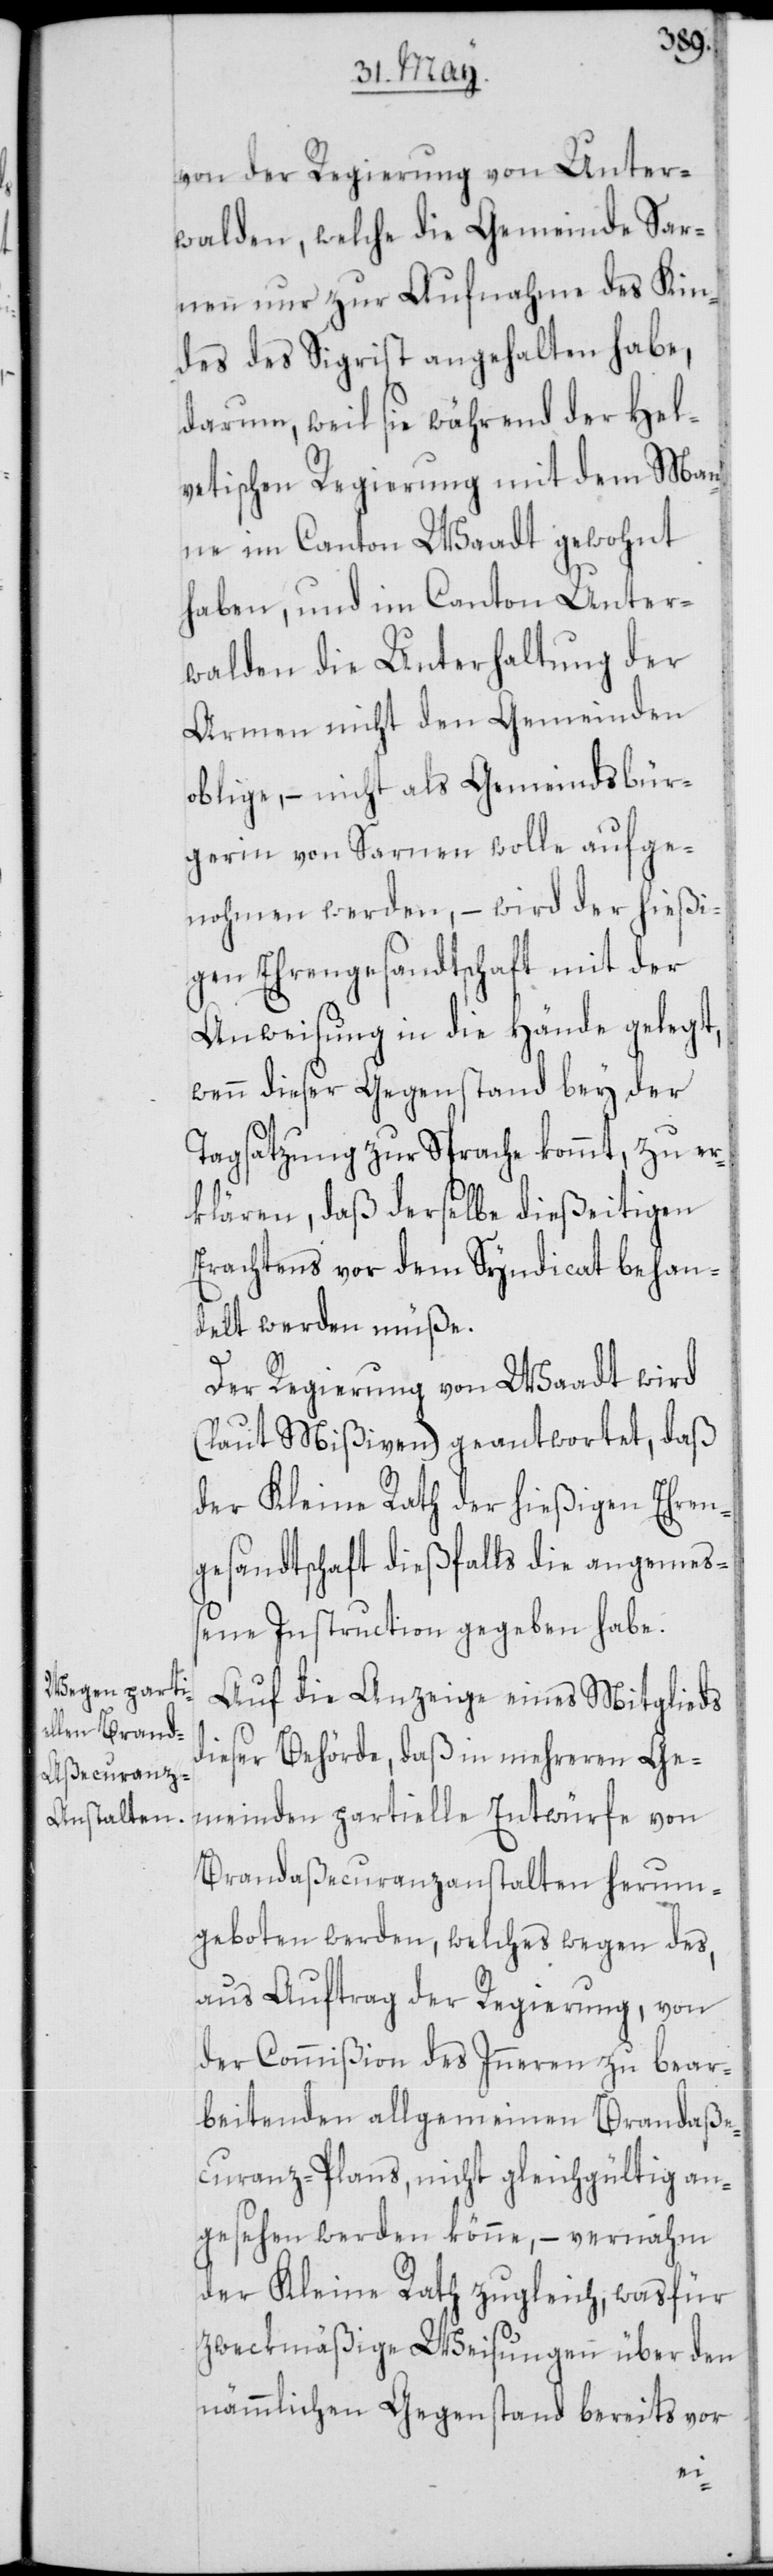
von der Regierung von Unter¬
walden, welche die Gemeinde Sar¬
nen nur zur Aufnahme des Kin¬
des des Sigrist angehalten habe,
darum, weil sie während der Hel¬
vetischen Regierung mit dem Man¬
ne im Canton Waadt gewohnt
haben, und im Canton Unter¬
walden die Unterhaltung der
Armen nicht den Gemeinden
oblige, – nicht als Gemeindsbür¬
gerin von Sarnen wolle aufge¬
nohmen werden, – wird der hießi¬
gen Ehrengesandtschaft mit der
Anweisung in die Hände gelegt,
wenn dieser Gegenstand bey der
Tagsatzung zur Sprache kommt, zu er¬
klären, daß derselbe dießeitigen
Erachtens vor dem Syndicat behan¬
delt werden müße.
Der Regierung von Waadt wird
(laut Mißiven) geantwortet, daß
der Kleine Rath der hießigen Ehren¬
gesandtschaft dießfalls die angemeß¬
ene Instruction gegeben habe.
Auf die Anzeige eines Mitglieds
dieser Behörde, daß in mehreren Ge¬
meinden partielle Entwürfe von
Brandaßecuranzanstalten herum¬
geboten werden, welches wegen des,
aus Auftrag der Regierung, von
der Commißion des Inneren zu bear¬
beitenden allgemeinen Brandaße¬
curanz-Plans, nicht gleichgültig an¬
gesehen werden könne, – vernahm
der Kleine Rath zugleich, was für
zweckmäßige Weisungen über den
nämmlichen Gegenstand bereits vor